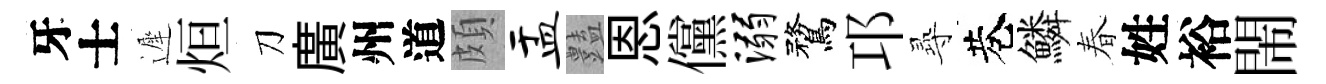
牙士遲烜刀廣州道頗盂𧰟恩儻溺鶩邛𡬶巷鱗春姓裕閙